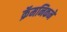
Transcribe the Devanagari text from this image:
क्रॅमनिकने